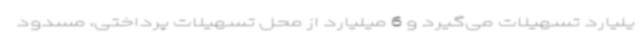
یلیارد تسهیلات می‌گیرد و 6 میلیارد از محل تسهیلات پرداختی، مسدود